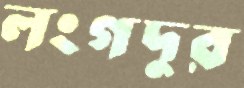
লংগদুর